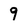
Character: 9